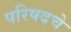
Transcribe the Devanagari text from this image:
परिषदचे